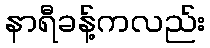
နာရီခန့်ကလည်း